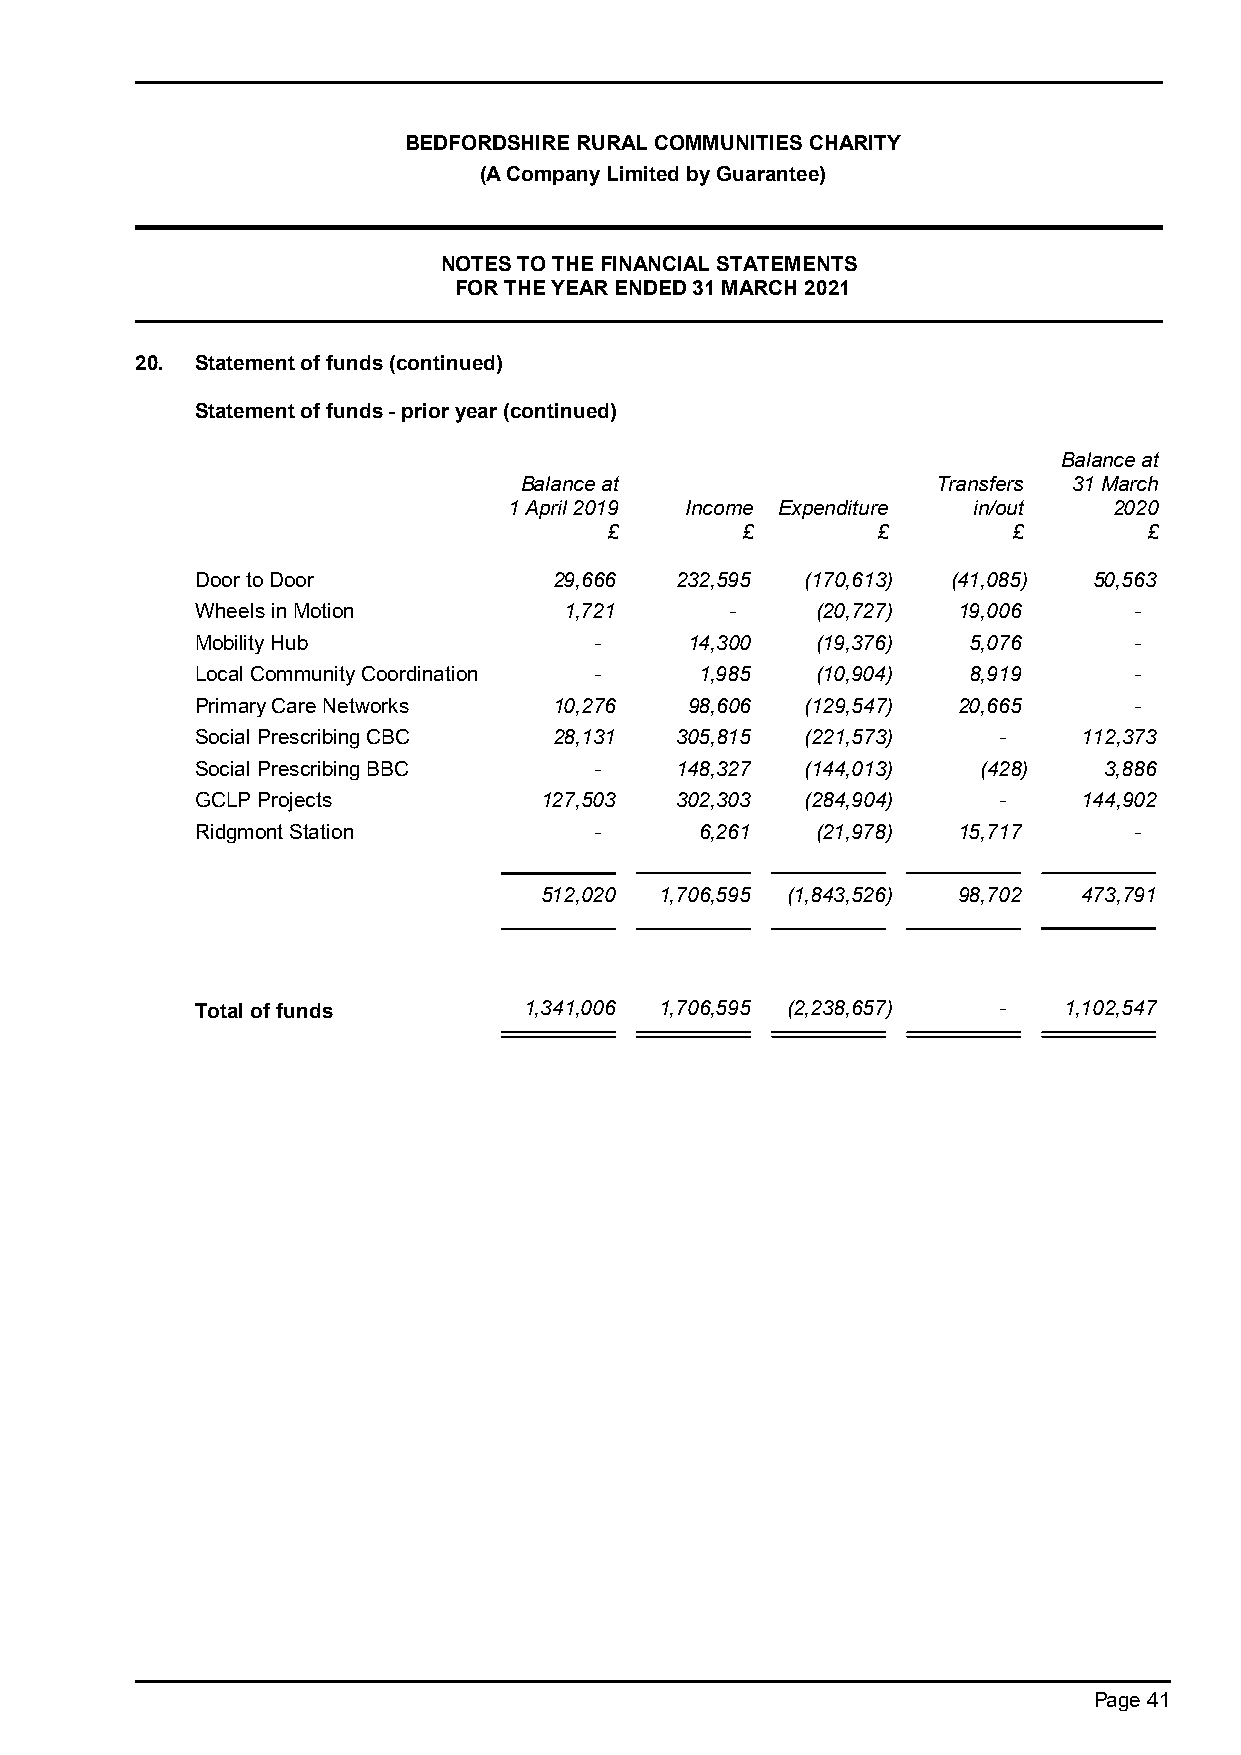
BEDFORDSHIRE RURAL COMMUNITIES CHARITY
 (A Company Limited by Guarantee)
 NOTES TO THE FINANCIAL STATEMENTS
 FOR THE YEAR ENDED 31 MARCH 2021
 20. Statement of funds (continued)
 Statement of funds - prior year (continued)
 Balance at
 Balance at                  Transfers 31 March
 1 April 2019 Income Expenditure in/out  2020
 £        £        £        £        £
 Door to Door            29,666  232,595 (170,613) (41,085) 50,563
 Wheels in Motion        1,721      -     (20,727) 19,006      -
 Mobility Hub              -      14,300  (19,376)  5,076      -
 Local Community Coordination -   1,985   (10,904)  8,919      -
 Primary Care Networks   10,276   98,606 (129,547) 20,665      -
 Social Prescribing CBC  28,131  305,815 (221,573)    -     112,373
 Social Prescribing BBC    -     148,327 (144,013)   (428)   3,886
 GCLP Projects          127,503  302,303 (284,904)    -     144,902
 Ridgmont Station          -      6,261   (21,978) 15,717      -
 512,020 1,706,595 (1,843,526) 98,702 473,791
 Total of funds        1,341,006 1,706,595 (2,238,657) -  1,102,547
 Page 41